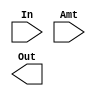
module ShRA(In, Amt, Out);

// Declare inputs and outputs
input [3:0] Amt;
input [15:0] In;
output [15:0] Out;

// Declare wires



////////////////////////////////////////////////////////////////////////////////
////////////////////		 	Do the thing!				////////////////////
////////////////////////////////////////////////////////////////////////////////



endmodule